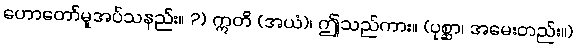
ဟောတော်မူအပ်သနည်း။ ?) ဣတိ (အယံ)၊ ဤသည်ကား။ (ပုစ္ဆာ၊ အမေးတည်း။)